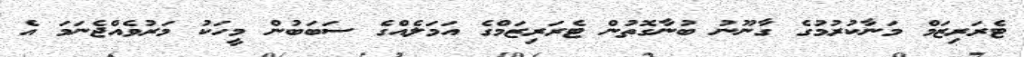
ޓެރަރިޒަމް މަނާކުރުމުގެ ގާނޫނު ބުނާގޮތުން ޓެރަރިޒަމްގެ އަމަލެއްގެ ސަބަބުން މީހަކު މަރުވެއްޖެނަމަ އެ